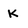
Character: K